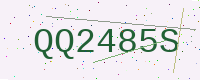
Text: QQ2485S